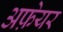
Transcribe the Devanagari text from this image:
अफ़ेयर